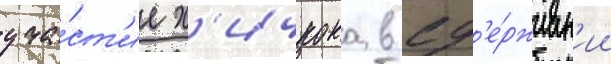
уча́ст'ие х'ичкока в сд'е́рживан'ии